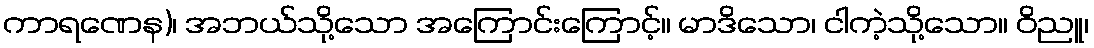
ကာရဏေန)၊ အဘယ်သို့သော အကြောင်းကြောင့်။ မာဒိသော၊ ငါကဲ့သို့သော။ ဝိညူ၊